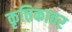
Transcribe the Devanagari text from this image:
कृत्तिकावर